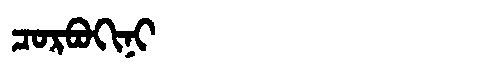
Manchu: ᠴᠣᡵᠪᠣᡴᡳᠨᡳ
Romanization: CORBOKINI